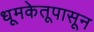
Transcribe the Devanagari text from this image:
धूमकेतूपासून